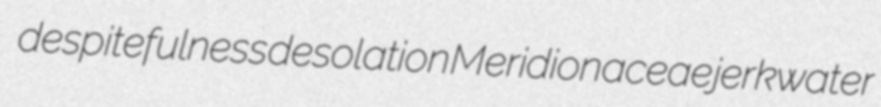
despitefulness desolation Meridionaceae jerkwater